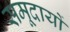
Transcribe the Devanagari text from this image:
समूदायों